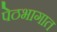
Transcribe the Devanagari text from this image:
पेठभागात